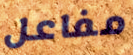
مفاعل